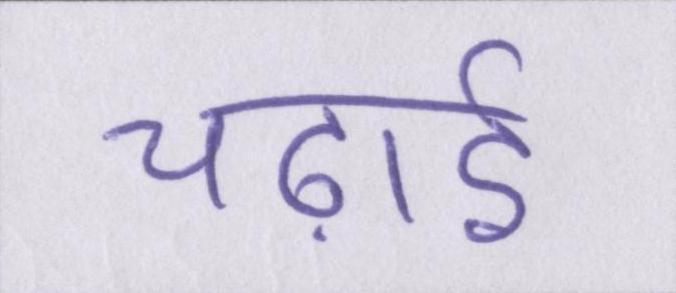
चढ़ाई